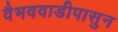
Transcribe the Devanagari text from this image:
वैभववाडीपासुन